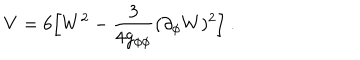
V = 6 \Big [ W ^ { 2 } - { \frac { 3 } { 4 g _ { \phi \phi } } } ( \partial _ { \phi } W ) ^ { 2 } \Big ] \ .